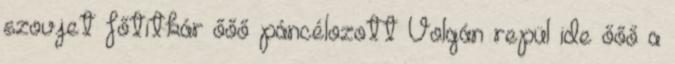
szovjet főtitkár őőő páncélozott Volgán repül ide őőő a